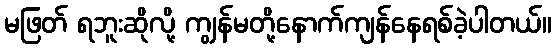
မဖြတ် ရဘူးဆိုလို့ ကျွန်မတို့နောက်ကျန်နေရစ်ခဲ့ပါတယ်။